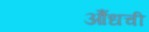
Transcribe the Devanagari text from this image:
औंधची